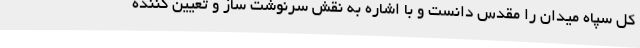
کل سپاه میدان را مقدس دانست و با اشاره به نقش سرنوشت ساز و تعیین کننده